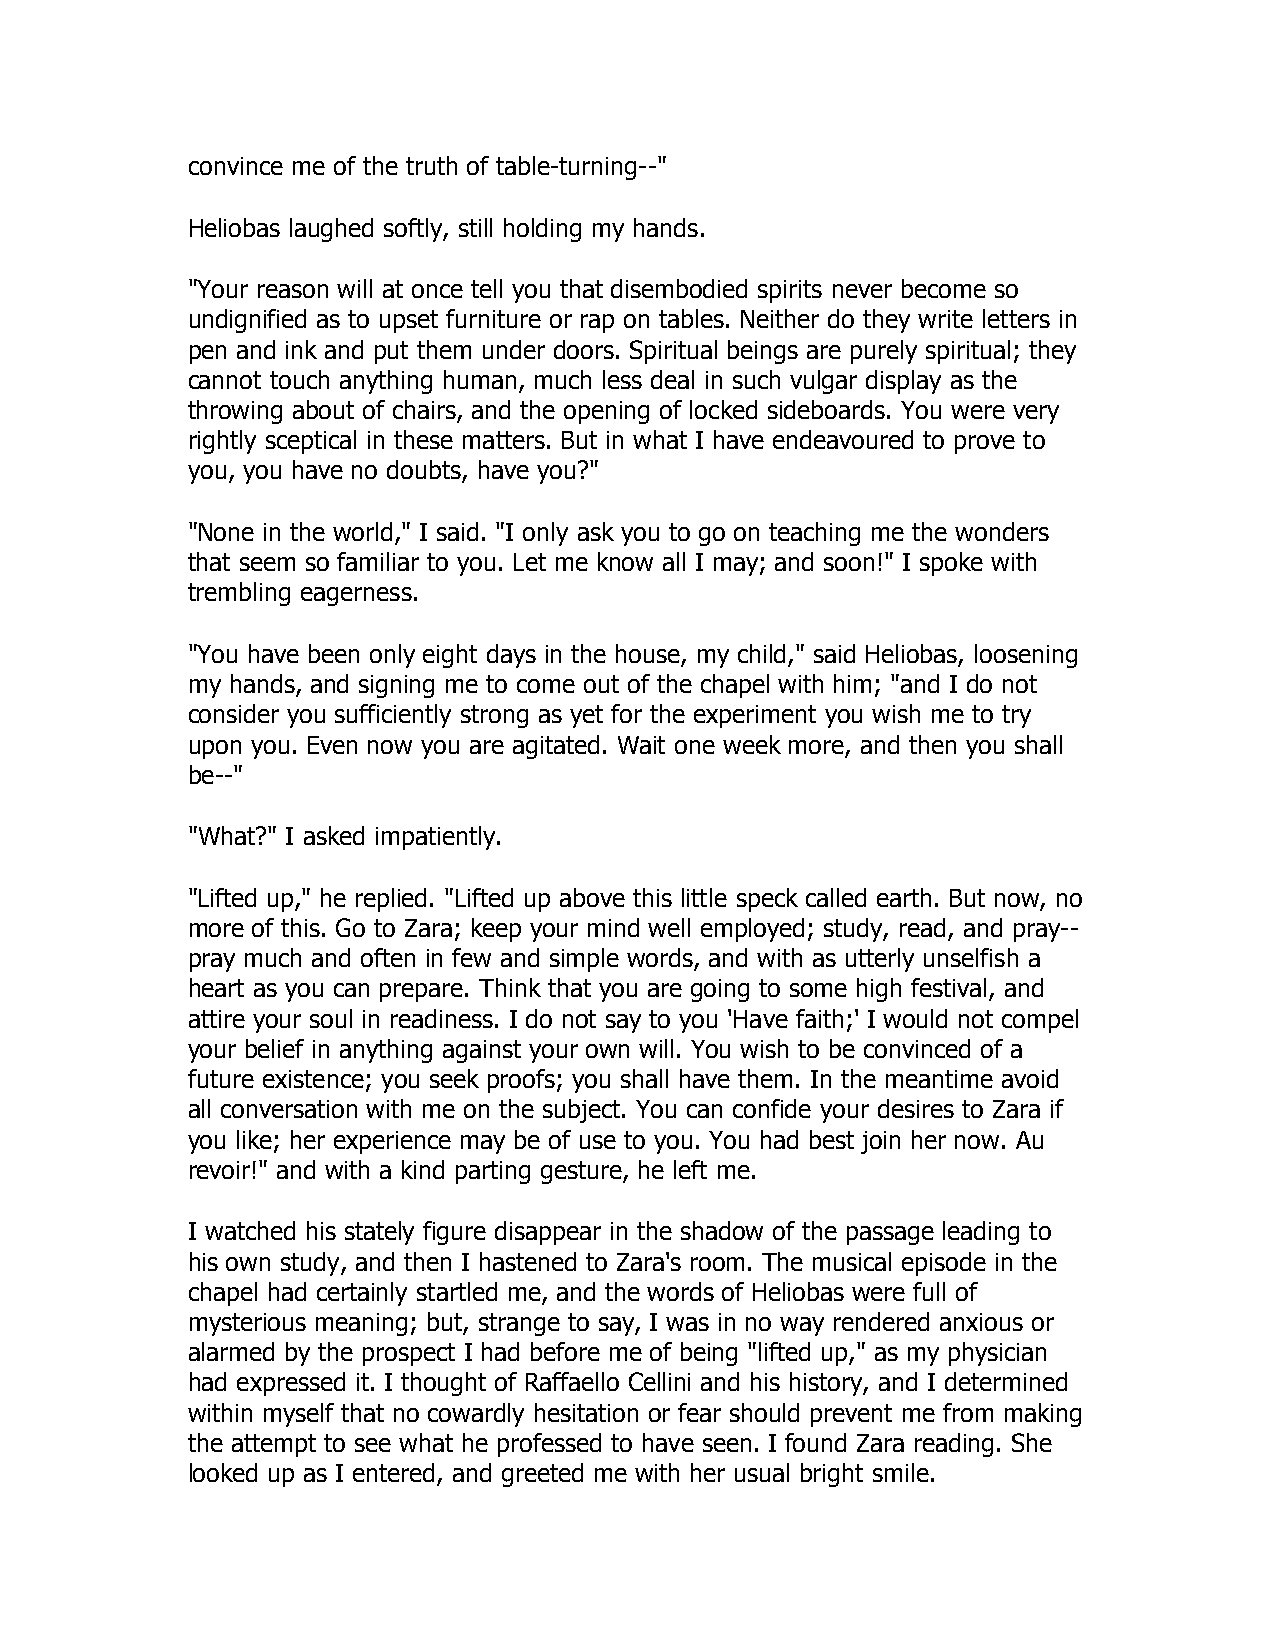
convince me of the truth of table-turning--"
 Heliobas laughed softly, still holding my hands.
 "Your reason will at once tell you that disembodied spirits never become so
 undignified as to upset furniture or rap on tables. Neither do they write letters in
 pen and ink and put them under doors. Spiritual beings are purely spiritual; they
 cannot touch anything human, much less deal in such vulgar display as the
 throwing about of chairs, and the opening of locked sideboards. You were very
 rightly sceptical in these matters. But in what I have endeavoured to prove to
 you, you have no doubts, have you?"
 "None in the world," I said. "I only ask you to go on teaching me the wonders
 that seem so familiar to you. Let me know all I may; and soon!" I spoke with
 trembling eagerness.
 "You have been only eight days in the house, my child," said Heliobas, loosening
 my hands, and signing me to come out of the chapel with him; "and I do not
 consider you sufficiently strong as yet for the experiment you wish me to try
 upon you. Even now you are agitated. Wait one week more, and then you shall
 be--"
 "What?" I asked impatiently.
 "Lifted up," he replied. "Lifted up above this little speck called earth. But now, no
 more of this. Go to Zara; keep your mind well employed; study, read, and pray--
 pray much and often in few and simple words, and with as utterly unselfish a
 heart as you can prepare. Think that you are going to some high festival, and
 attire your soul in readiness. I do not say to you 'Have faith;' I would not compel
 your belief in anything against your own will. You wish to be convinced of a
 future existence; you seek proofs; you shall have them. In the meantime avoid
 all conversation with me on the subject. You can confide your desires to Zara if
 you like; her experience may be of use to you. You had best join her now. Au
 revoir!" and with a kind parting gesture, he left me.
 I watched his stately figure disappear in the shadow of the passage leading to
 his own study, and then I hastened to Zara's room. The musical episode in the
 chapel had certainly startled me, and the words of Heliobas were full of
 mysterious meaning; but, strange to say, I was in no way rendered anxious or
 alarmed by the prospect I had before me of being "lifted up," as my physician
 had expressed it. I thought of Raffaello Cellini and his history, and I determined
 within myself that no cowardly hesitation or fear should prevent me from making
 the attempt to see what he professed to have seen. I found Zara reading. She
 looked up as I entered, and greeted me with her usual bright smile.